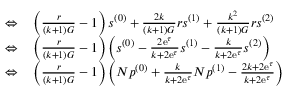
\begin{array} { r l } { \Leftrightarrow } & { { } \left( \frac { r } { ( k + 1 ) G } - 1 \right) s ^ { ( 0 ) } + \frac { 2 k } { ( k + 1 ) G } r s ^ { ( 1 ) } + \frac { k ^ { 2 } } { ( k + 1 ) G } r s ^ { ( 2 ) } } \\ { \Leftrightarrow } & { { } \left( \frac { r } { ( k + 1 ) G } - 1 \right) \left( s ^ { ( 0 ) } - \frac { 2 \mathrm { e } ^ { \tau } } { k + 2 \mathrm { e } ^ { \tau } } s ^ { ( 1 ) } - \frac { k } { k + 2 \mathrm { e } ^ { \tau } } s ^ { ( 2 ) } \right) } \\ { \Leftrightarrow } & { { } \left( \frac { r } { ( k + 1 ) G } - 1 \right) \left( N p ^ { ( 0 ) } + \frac { k } { k + 2 \mathrm { e } ^ { \tau } } N p ^ { ( 1 ) } - \frac { 2 k + 2 \mathrm { e } ^ { \tau } } { k + 2 \mathrm { e } ^ { \tau } } \right) } \end{array}